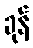
ခုန်